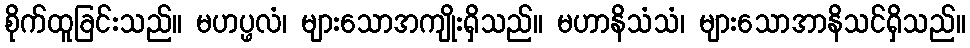
စိုက်ထူခြင်းသည်။ မဟပ္ဖလံ၊ များသောအကျိုးရှိသည်။ မဟာနိသံသံ၊ များသောအာနိသင်ရှိသည်။